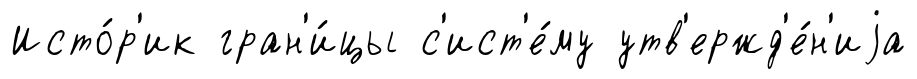
Исто́р'ик гран'и́цы с'ист'е́му утв'ержд'е́н'иjа